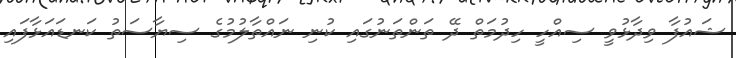
ޝައުފާ ވިދާޅުވީ ސިއްހީ ހިދުމަތް ދޭ ތަންތަނުގައި ކުނި ނައްތާލުމުގެ ސިޔާސަތު ކަނޑައަޅާފައި